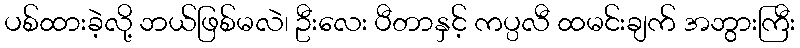
ပစ်ထားခဲ့လို့ ဘယ်ဖြစ်မလဲ၊ ဦးလေး ပီတာနှင့် ကပ္ပလီ ထမင်းချက် အဘွားကြီး